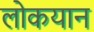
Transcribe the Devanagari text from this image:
लोकयान